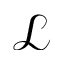
\mathcal { L }